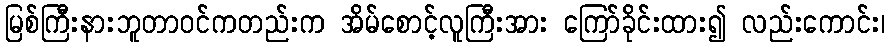
မြစ်ကြီးနားဘူတာဝင်ကတည်းက အိမ်စောင့်လူကြီးအား ကြော်ခိုင်းထား၍ လည်းကောင်း၊